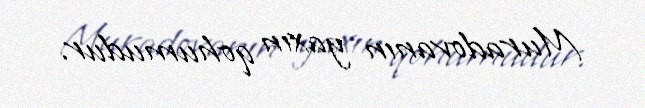
Muradovanın yaxın qohumudur.